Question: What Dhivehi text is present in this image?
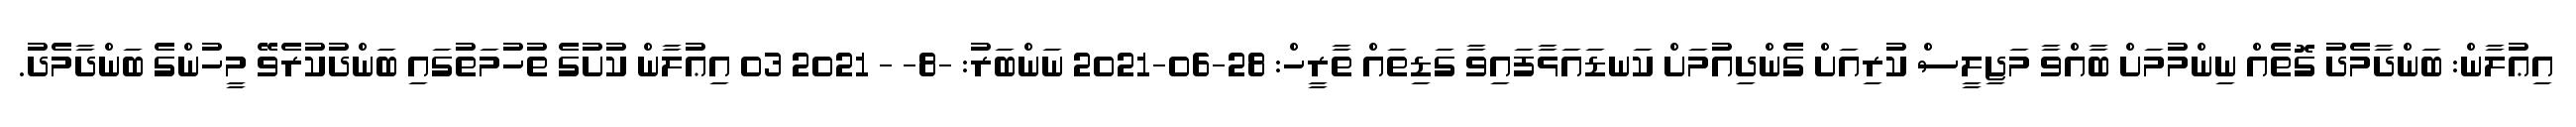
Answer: އިޢުލާން: ބަންދާމެދު ގޮތެއް ނިންމުމަށް ބާއްވާ މަޖިލީސް ކުރިއަށް ގެންދިއުމަށް ކަނޑައަޅާފައިވާ ގަޑިތައް ތާރީހް: 28-06-2021 ނަންބަރު: -8- - 2021 03 އިޢުލާން ކުށުގެ ތުހުމަތުގައި ބަންދުކުރެވޭ މީހުންގެ ބަންދާމެދު.